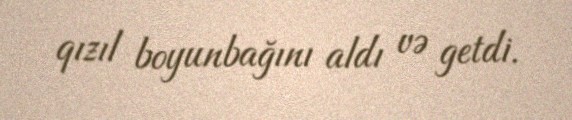
qızıl boyunbağını aldı və getdi.